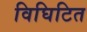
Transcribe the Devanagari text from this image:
विघिटित